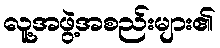
လူ့အဖွဲ့အစည်းများ၏